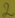
Text: 2